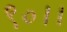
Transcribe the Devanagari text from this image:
९०।।